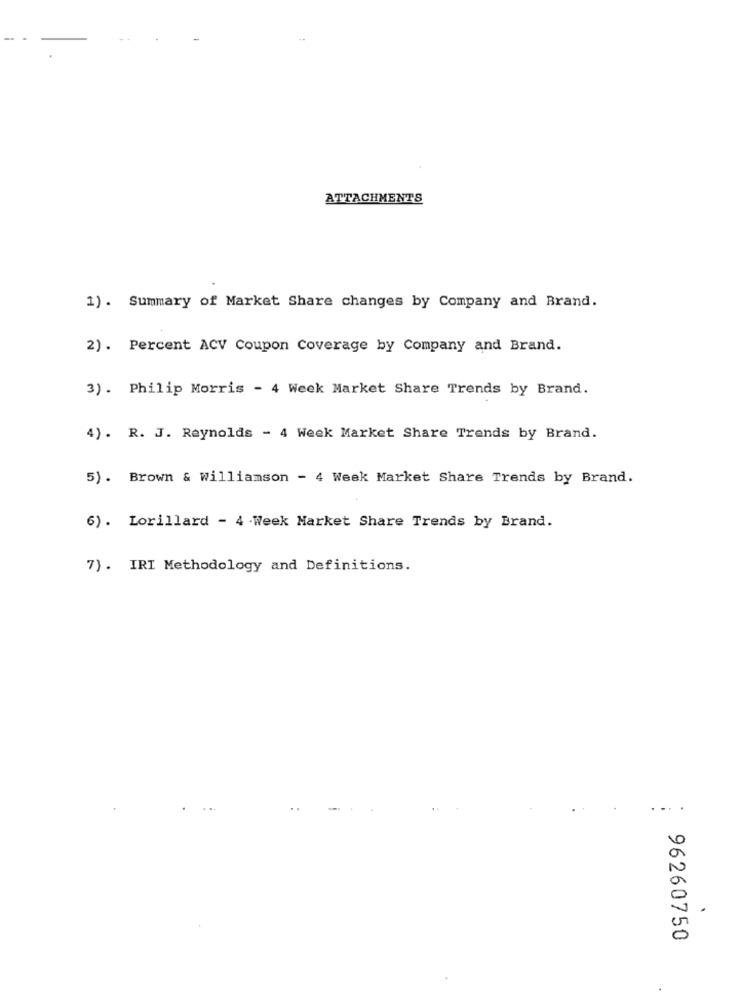
-
ATTACHMENTS
1) . Summary of Market Share changes by Company and Brand.
2) . Percent ACV Coupon Coverage by Company and Brand.
3) . Philip Morris - 4 Week Market Share Trends by Brand.
4) . R. J. Reynolds - 4 Week Market Share Trends by Brand.
5) . Brown & Williamson - 4 Week Market Share Trends by Brand.
6) . Lorillard - 4 - Week Market Share Trends by Brand.
7) . IRI Methodology and Definitions.
.. .
.
96260750